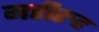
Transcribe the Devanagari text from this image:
महीरुह